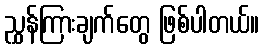
ညွှန်ကြားချက်တွေ ဖြစ်ပါတယ်။